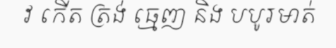
វ កើត ត្រង់ ធ្មេញ និង បបូរមាត់